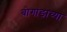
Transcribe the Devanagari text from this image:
बोगांडाच्या